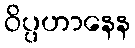
ဝိပ္ပဟာနေန